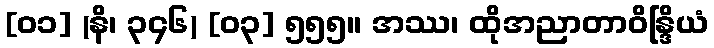
[၀၁] (နိ၊ ၃၄၆) [၀၃] ၅၅၅။ အဿ၊ ထိုအညာတာဝိန္ဒြိယံ